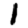
Digit: 1